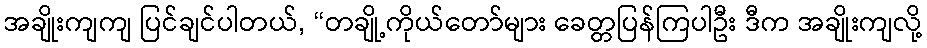
အချိုးကျကျ ပြင်ချင်ပါတယ်, “တချို့ကိုယ်တော်များ ခေတ္တပြန်ကြပါဦး ဒီက အချိုးကျလို့